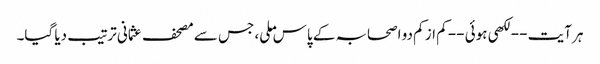
ہر آیت -- لکھی ہوئی -- کم از کم دو اصحابہ کے پاس ملی، جس سے مصحف عثمانی ترتیب دیا گیا۔